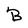
Character: B